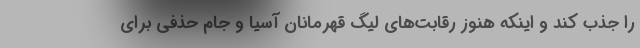
را جذب کند و اینکه هنوز رقابت‌های لیگ قهرمانان آسیا و جام حذفی برای